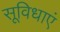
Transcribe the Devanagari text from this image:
सूविधाएं